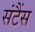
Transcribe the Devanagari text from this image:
संटैंस